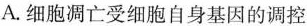
A.细胞凋亡受细胞自身基因的调控